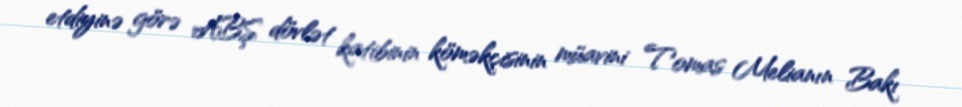
etdiyinə görə ABŞ dövlət katibinin köməkçisinin müavini Tomas Melianın Bakı